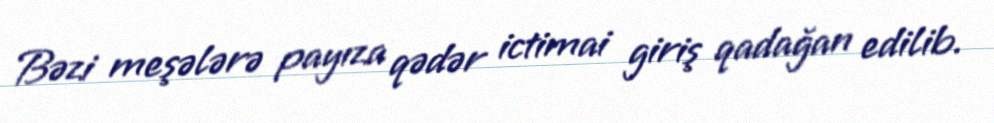
Bəzi meşələrə payıza qədər ictimai giriş qadağan edilib.